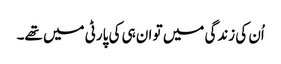
اُن کی زندگی میں تو ان ہی کی پارٹی میں تھے۔